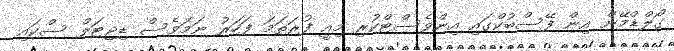
ގޯލްޑްމޭން އިން ފޭސްބުކްގައި އިންވެސްޓްކުރި މިއީ ފުރަތަމަ ފަހަރު ނަމަވެސް ޑިޖިޓަލް ސްކައި